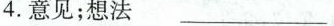
4.意见；想法 ___